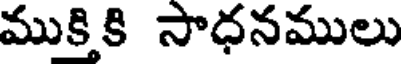
ముకికి సాధనములు